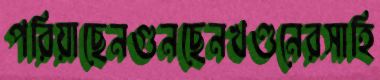
পরিয়াছেনগুনছেনখণ্ডনেরসাহি